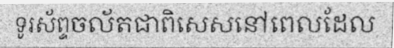
ទូរស័ព្ទចល័តជាពិសេសនៅពេលដែល